Malaria in India - Number 2
Disease focus: Malaria
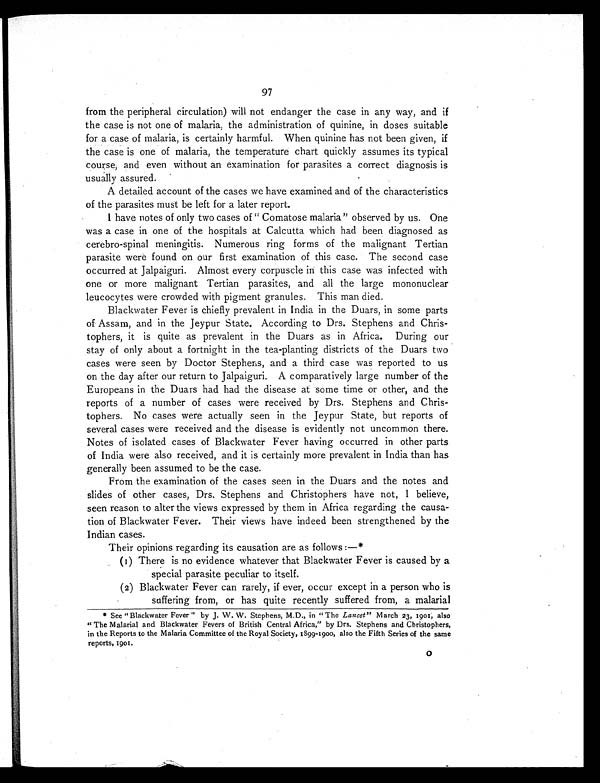
97
from the peripheral circulation) will not endanger the case in any way, and if
the case is not one of malaria, the administration of quinine, in doses suitable
for a case of malaria, is certainly harmful. When quinine has not been given, if
the case is one of malaria, the temperature chart quickly assumes its typical
course, and even without an examination for parasites a correct diagnosis is
usually assured.
A detailed account of the cases we have examined and of the characteristics
of the parasites must be left for a later report.
I have notes of only two cases of "Comatose malaria" observed by us. One
was a case in one of the hospitals at Calcutta which had been diagnosed as
cerebro-spinal meningitis. Numerous ring forms of the malignant Tertian
parasite were found on our first examination of this case. The second case
occurred at Jalpaiguri. Almost every corpuscle in this case was infected with
one or more malignant Tertian parasites, and all the large mononuclear
leucocytes were crowded with pigment granules. This man died.
Blackwater Fever is chiefly prevalent in India in the Duars, in some parts
of Assam, and in the Jeypur State. According to Drs. Stephens and Chris-
tophers, it is quite as prevalent in the Duars as in Africa. During our
stay of only about a fortnight in the tea-planting districts of the Duars two
cases were seen by Doctor Stephens, and a third case was reported to us
on the day after our return to Jalpaiguri. A comparatively large number of the
Europeans in the Duars had had the disease at some time or other, and the
reports of a number of cases were received by Drs. Stephens and Chris-
tophers. No cases were actually seen in the Jeypur State, but reports of
several cases were received and the disease is evidently not uncommon there.
Notes of isolated cases of Blackwater Fever having occurred in other parts
of India were also received, and it is certainly more prevalent in India than has
generally been assumed to be the case.
From the examination of the cases seen in the Duars and the notes and
slides of other cases, Drs. Stephens and Christophers have not, I believe,
seen reason to alter the views expressed by them in Africa regarding the causa-
tion of Blackwater Fever. Their views have indeed been strengthened by the
Indian cases.
Their opinions regarding its causation are as follows:—*
(1) There is no evidence whatever that Blackwater Fever is caused by a
special parasite peculiar to itself.
(2) Blackwater Fever can rarely, if ever, occur except in a person who is
suffering from, or has quite recently suffered from, a malarial
* See "Blackwater Fever" by J. W. W. Stephens, M.D., in "The Lancet" March 23, 1901, also
"The Malarial and Blackwater Fevers of British Central Africa," by Drs. Stephens and Christophers,
in the Reports to the Malaria Committee of the Royal Society, 1899-1900, also the Fifth Series of the same
reports, 1901.
o